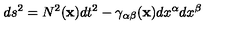
d s ^ { 2 } = N ^ { 2 } ( { \bf x } ) d t ^ { 2 } - \gamma _ { \alpha \beta } ( { \bf x } ) d x ^ { \alpha } d x ^ { \beta }